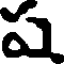
ష